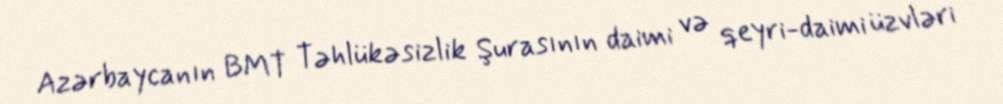
Azərbaycanın BMT Təhlükəsizlik Şurasının daimi və qeyri-daimi üzvləri